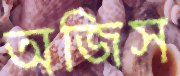
অজিস